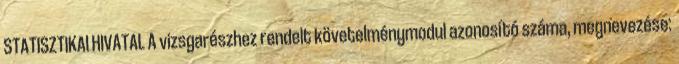
STATISZTIKAI HIVATAL A vizsgarészhez rendelt követelménymodul azonosító száma, megnevezése: